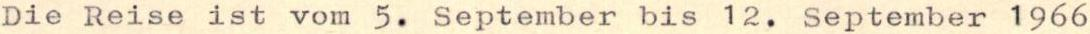
Die Reise ist vom 5. September bis 12. September 1966